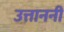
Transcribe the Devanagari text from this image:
उत्ताननी